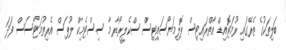
ބަލިތަކުގެ ތެރޭގައި ރޫމަޓޮއިޑް އާތްރައިޓިސް ޕޮލިމަޔޯސައިޓިސް ސްކެލީރޯޑާރމާ ސިސްޓެމިކް ލޫޕަސް އެރިތުމަޓޯސަސް ފަދަ